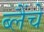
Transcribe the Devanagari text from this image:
ब्लैंचे